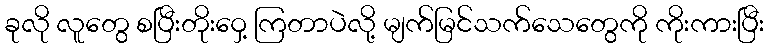
ခုလို လူတွေ စပြီးတိုးဝှေ့ ကြတာပဲလို့ မျက်မြင်သက်သေတွေကို ကိုးကားပြီး